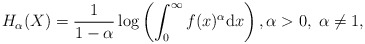
\begin{align*}H_\alpha(X)=\frac{1}{1-\alpha}\log\left(\int^\infty_0f(x)^{\alpha}\mathrm{d}x\right),\alpha > 0,\;\alpha \neq 1,\end{align*}